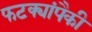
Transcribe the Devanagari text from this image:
फटक्यांपैकी